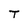
Character: T